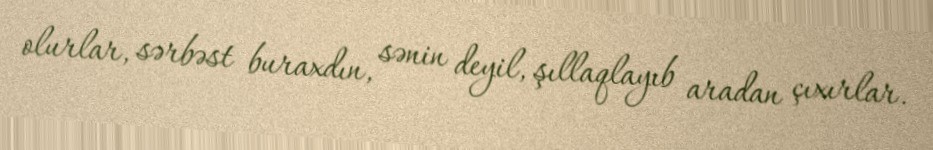
olurlar, sərbəst buraxdın, sənin deyil, şıllaqlayıb aradan çıxırlar.